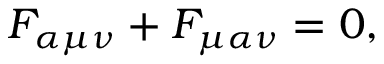
F _ { \alpha \mu \nu } + F _ { \mu \alpha \nu } = 0 ,